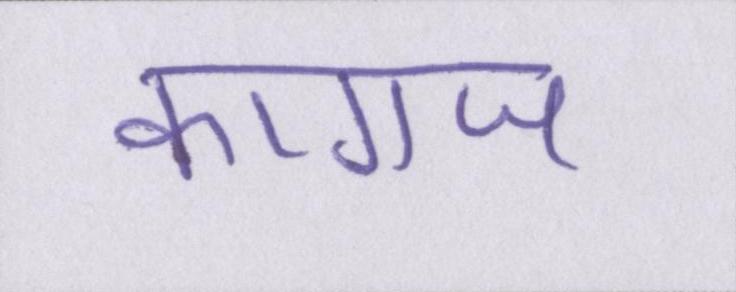
कागज